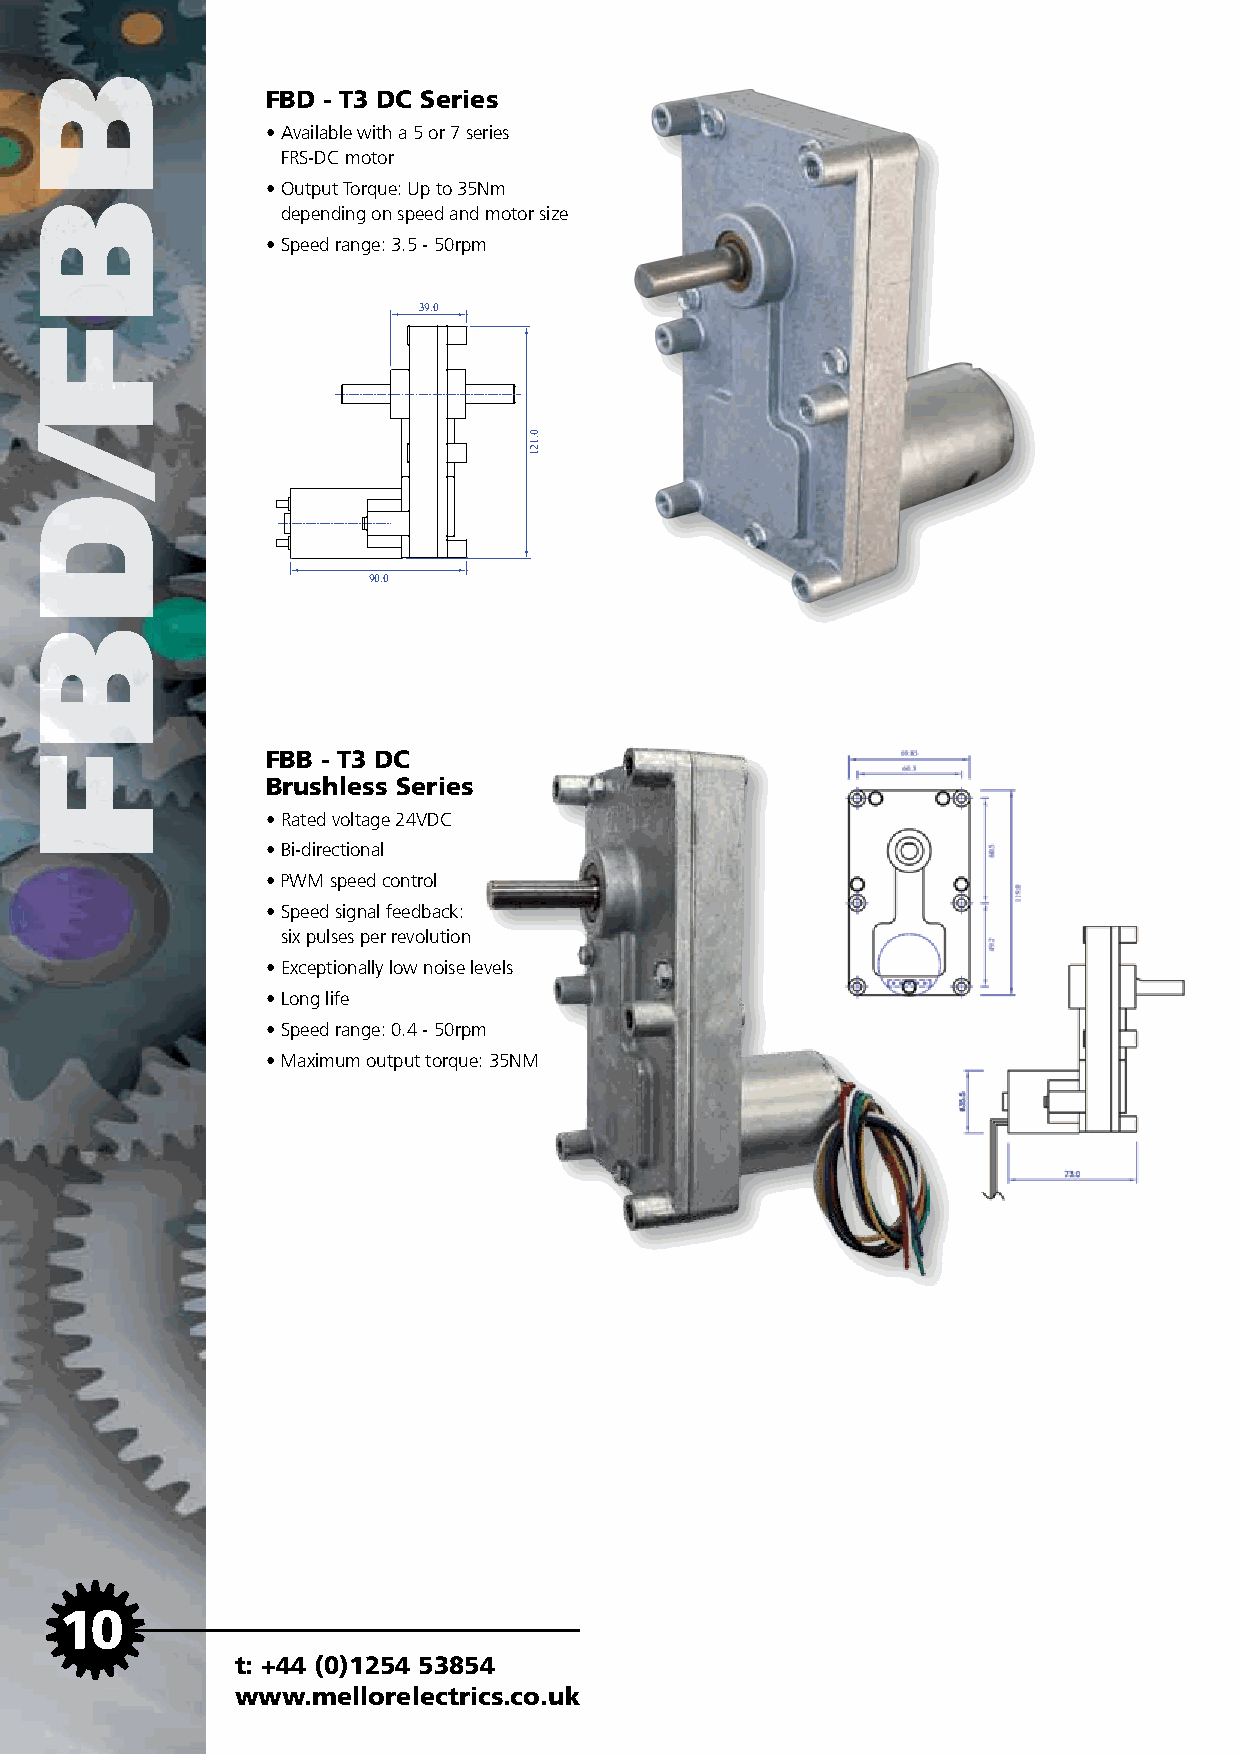
FBD - T3 DC Series
 • Available with a 5 or 7 series
 FRS-DC motor
 • Output Torque: Up to 35Nm
 depending on speed and motor size
 • Speed range: 3.5 - 50rpm
 39.0
 90.0
 FBB - T3 DC
 Brushless Series
 • Rated voltage 24VDC
 • Bi-directional
 • PWM speed control
 • Speed signal feedback:
 six pulses per revolution
 • Exceptionally low noise levels
 • Long life
 • Speed range: 0.4 - 50rpm
 • Maximum output torque: 35NM
 10
 t: +44 (0)1254 53854
 www.mellorelectrics.co.uk
 bbf/dbf
 0.121